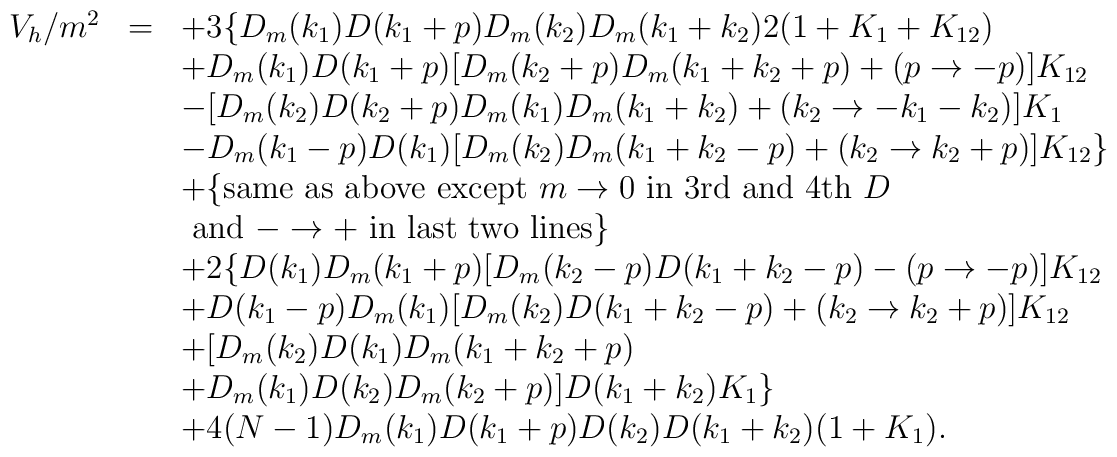
\begin{array}{rcl}V_h/m^2&=&\displaystyle +3\{D_m(k_1)D(k_1+p)D_m(k_2)D_m(k_1+k_2)2(1+K_1+K_{12})\\&&\displaystyle +D_m(k_1)D(k_1+p)[D_m(k_2+p)D_m(k_1+k_2+p)+(p\to -p)]K_{12}\\&&\displaystyle -[D_m(k_2)D(k_2+p)D_m(k_1)D_m(k_1+k_2)+(k_2\to -k_1-k_2)]K_1\\&&\displaystyle -D_m(k_1-p)D(k_1)[D_m(k_2)D_m(k_1+k_2-p)+(k_2\to k_2+p)]K_{12}\}\\&&\displaystyle +\{{\rm same~as~above~except~}m\to 0{\rm ~in~3rd~and~4th~}D\\&&\displaystyle {\rm ~and~}-\to + {\rm ~in~last~two~lines}\}\\&&\displaystyle +2\{D(k_1)D_m(k_1+p)[D_m(k_2-p)D(k_1+k_2-p)-(p\to -p)]K_{12}\\&&\displaystyle +D(k_1-p)D_m(k_1)[D_m(k_2)D(k_1+k_2-p)+(k_2\to k_2+p)]K_{12}\\&&\displaystyle +[D_m(k_2)D(k_1)D_m(k_1+k_2+p)\\&&\displaystyle +D_m(k_1)D(k_2)D_m(k_2+p)]D(k_1+k_2)K_1\}\\&&\displaystyle +4(N-1)D_m(k_1)D(k_1+p)D(k_2)D(k_1+k_2)(1+K_1). \end{array}